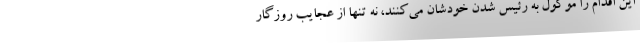
این اقدام را موکول به رئیس شدن خودشان می‌کنند، نه تنها از عجایب روزگار